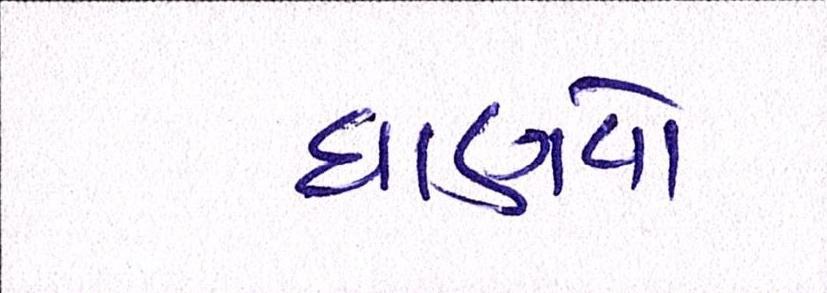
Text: ઘાણવો